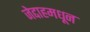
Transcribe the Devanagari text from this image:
जेद्दाहमधून